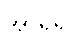
အာရှရှိ